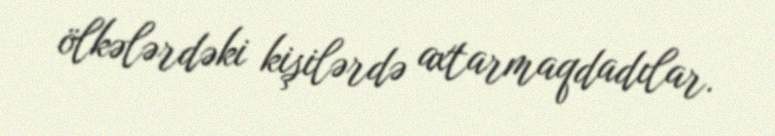
ölkələrdəki kişilərdə axtarmaqdadılar.